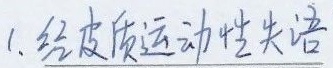
1. 经皮质运动性失语